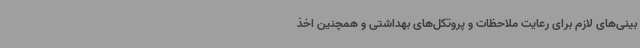
بینی‌های لازم برای رعایت ملاحظات و پروتکل‌های بهداشتی و همچنین اخذ